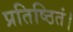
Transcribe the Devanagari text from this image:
प्रतिष्ठितं।